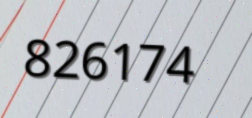
826174